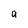
Character: a